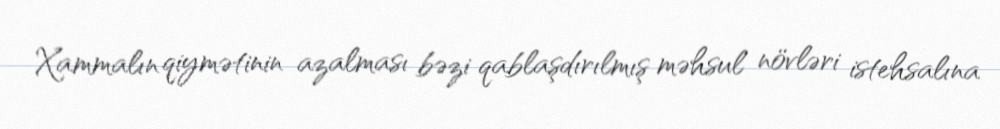
Xammalın qiymətinin azalması bəzi qablaşdırılmış məhsul növləri istehsalına